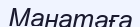
Манатаға